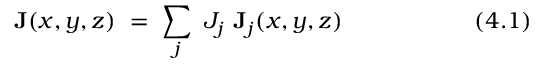
~ \mathbf { J } ( x , y , z ) ~ = ~ \sum _ { j } ~ J _ { j } ~ \mathbf { J } _ { j } ( x , y , z ) ~ ~ ~ ~ ~ ~ ~ ~ ~ ~ ~ ~ ~ ~ ~ ~ ~ ( 4 . 1 )